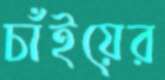
চাঁইয়ের